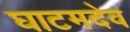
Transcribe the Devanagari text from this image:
घाटमदेव